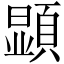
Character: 顕